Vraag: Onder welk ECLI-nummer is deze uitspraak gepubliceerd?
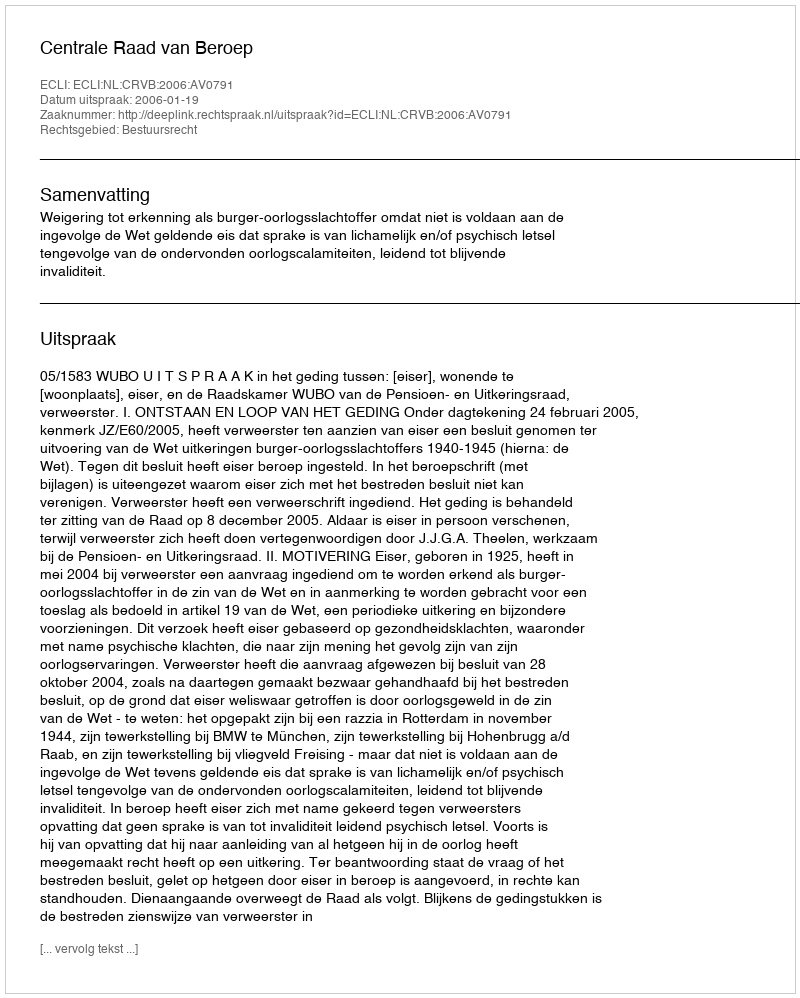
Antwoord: ECLI:NL:CRVB:2006:AV0791